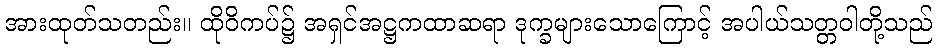
အားထုတ်သတည်း။ ထိုဝိကပ်၌ အရှင်အဋ္ဌကထာဆရာ ဒုက္ခများသောကြောင့် အပါယ်သတ္တဝါတို့သည်